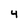
Character: 4